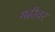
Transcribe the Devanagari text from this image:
गढीवर